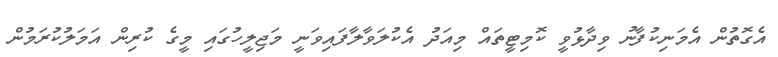
އެގޮތުން އެމަނިކުފާނު ވިދާޅުވީ ކޮމިޓީތައް މިއަދު އެކުލަވާލާފައިވަނީ މަޖިލީހުގައި މީގެ ކުރިން އަމަލުކުރަމުން